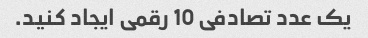
یک عدد تصادفی 10 رقمی ایجاد کنید.